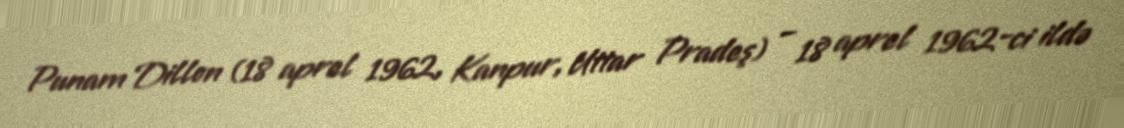
Punam Dillon (18 aprel 1962, Kanpur, Uttar Pradeş) – 18 aprel 1962-ci ildə